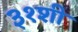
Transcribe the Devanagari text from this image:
३१शी